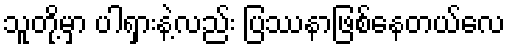
သူတို့မှာ ပါရှားနဲ့လည်း ပြဿနာဖြစ်နေတယ်လေ